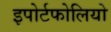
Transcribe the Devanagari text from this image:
इपोर्टफोलियो